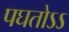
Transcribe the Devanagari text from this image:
पघतोऽऽ